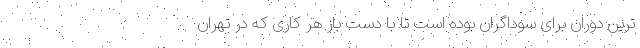
ترین دوران برای سوداگران بوده است تا با دست باز هر کاری که در تهران